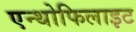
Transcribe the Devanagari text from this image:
एन्थोफिलाइट